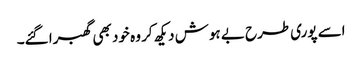
اسے پوری طرح بے ہوش دیکھ کر وہ خود بھی گھبرا گئے۔